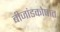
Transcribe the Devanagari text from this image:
बीजांडकोषात